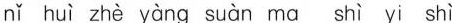
nǐ huì zhè yàng suàn ma shì yi shì